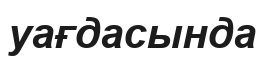
уағдасында